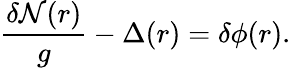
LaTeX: \frac{{\delta}{\cal{N}}(r)}{g}-{\Delta}(r)={\delta}{\phi}(r).